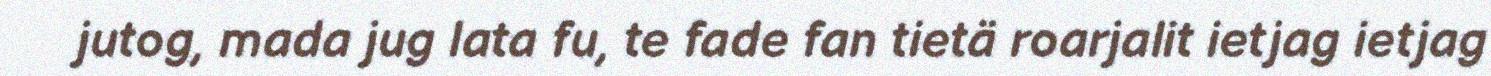
jutog, mada jug lata fu, te fade fan tietä roarjalit ietjag ietjag